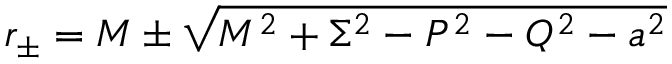
r _ { \pm } = M \pm \sqrt { M ^ { 2 } + \Sigma ^ { 2 } - P ^ { 2 } - Q ^ { 2 } - a ^ { 2 } }